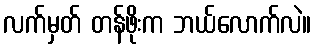
လက်မှတ် တန်ဖိုးက ဘယ်လောက်လဲ။